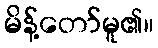
မိန့်တော်မူ၏။